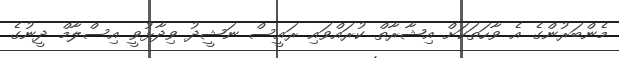
މެންބަރުންގެ އެ ވާހަތަކަށް އިޝާރާތް ކުރައްވައި ރައީސް ނަޝީދު ވިދާޅުވީ އިސްލާމް ދީނުގެ